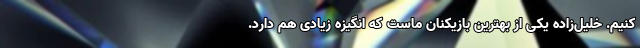
‌کنیم. خلیل‌زاده یکی از بهترین بازیکنان ماست که انگیزه زیادی هم دارد.